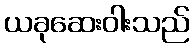
ယခုဆေးဝါးသည်